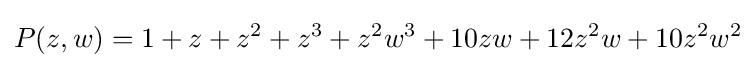
P(z,w)=1+z+z^{2}+z^{3}+z^{2}w^{3}+10zw+12z^{2}w+10z^{2}w^{2}